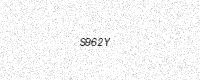
Text: S962Y